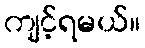
ကျင့်ရမယ်။